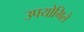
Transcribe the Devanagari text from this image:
उपयोगिले